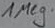
Text: 1Meg.